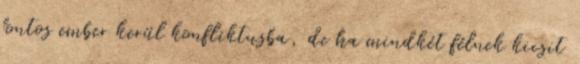
fontos ember kerül konfliktusba, de ha mindkét félnek kicsit